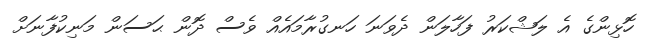
ހޮޅިންގެ އެ ލަޝްކަރު ފަހާލަން ދެވަނަ ހަނގުރާމައެއް ވެސް ދޮން ޙަސަން މަނިކުފާނަށް